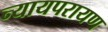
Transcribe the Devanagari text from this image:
न्यायपरायण